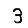
Digit: 3